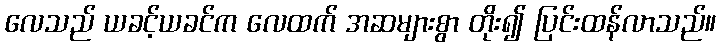
လေသည် ယခင့်ယခင်က လေထက် အဆများစွာ တိုး၍ ပြင်းထန်လာသည်။